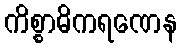
ကိစ္စာဓိကရဏေန